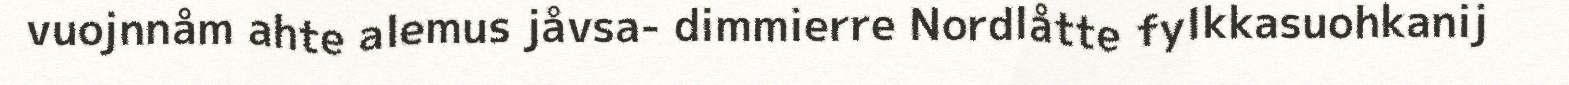
vuojnnåm ahte alemus jåvsa- dimmierre Nordlåtte fylkkasuohkanij